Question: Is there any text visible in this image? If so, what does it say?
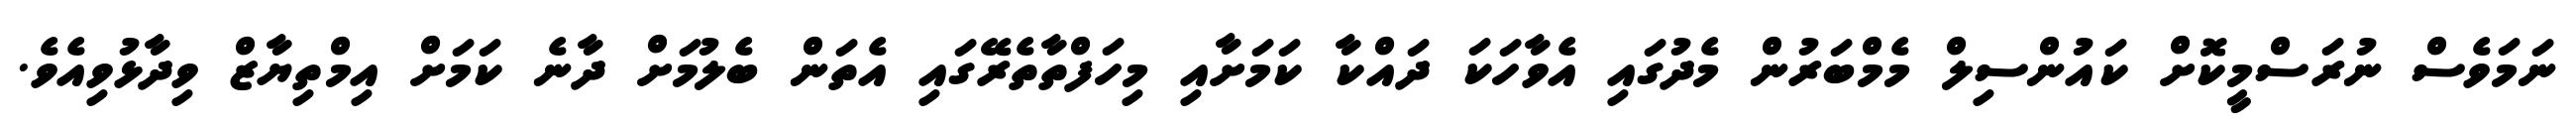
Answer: ނަމަވެސް ނުރަސްމީކޮށް ކައުންސިލް މެމްބަރުން މެދުގައި އެވާހަކަ ދައްކާ ކަމަށާއި މިހަފްތާތެރޭގައި އެތަން ބެލުމަށް ދާނެ ކަމަށް އިމްތިޔާޒް ވިދާޅުވިއެވެ.